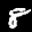
Label: 8